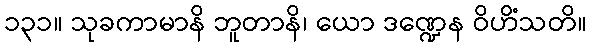
၁၃၁။ သုခကာမာနိ ဘူတာနိ၊ ယော ဒဏ္ဍေန ဝိဟိံသတိ။